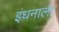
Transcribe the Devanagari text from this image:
इंधनाला